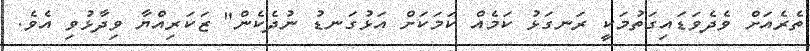
ތެރެއަށް ވެދެވަޑައިގަތުމަކީ ރަނގަޅު ކަމެއް ކަމަކަށް އަޅުގަނޑު ނުދެކެން" ޒަކަރިއްޔާ ވިދާޅުވި އެވެ.